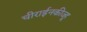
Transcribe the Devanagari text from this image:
चीराईनकीज्हू